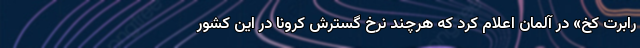
رابرت کخ» در آلمان اعلام کرد که هرچند نرخ گسترش کرونا در این کشور